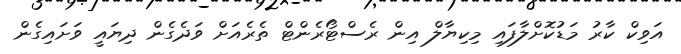
އަވިކް ކާރު މަޑުކޮށްލާފައި މިކިޔާލް އިން ރެސްޓޯރެންޓް ތެރެއަށް ވަދެގެން ދިޔައީ ވަށައިގެން